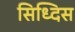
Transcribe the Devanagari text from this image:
सिध्दिस